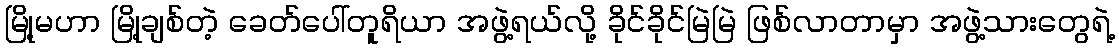
မြို့မဟာ မြို့ချစ်တဲ့ ခေတ်ပေါ်တူရိယာ အဖွဲ့ရယ်လို့ ခိုင်ခိုင်မြဲမြဲ ဖြစ်လာတာမှာ အဖွဲ့သားတွေရဲ့